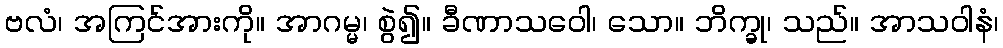
ဗလံ၊ အကြင်အားကို။ အာဂမ္မ၊ စွဲ၍။ ခီဏာသဝေါ၊ သော။ ဘိက္ခု၊ သည်။ အာသဝါနံ၊